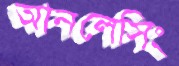
আনলেসিং